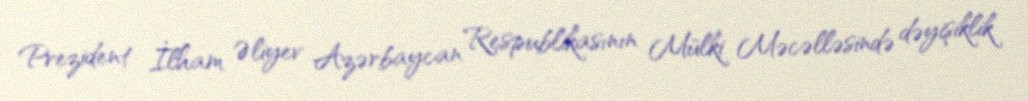
Prezident İlham Əliyev Azərbaycan Respublikasının Mülki Məcəlləsində dəyişiklik